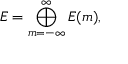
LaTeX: { \cal E } = \bigoplus _ { m = - \infty } ^ { \infty } { \cal E } ( m ) ,